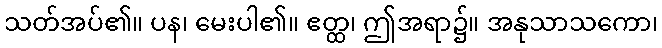
သတ်အပ်၏။ ပန၊ မေးပါ၏။ ဧတ္ထ၊ ဤအရာ၌။ အနုသာသကော၊